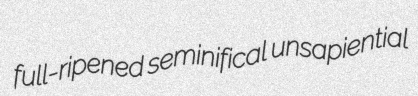
full-ripened seminifical unsapiential